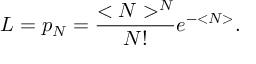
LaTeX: { \cal L } = p _ { N } = \frac { < N > ^ { N } } { N ! } e ^ { - < N > } .